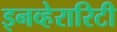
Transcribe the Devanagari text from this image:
इनव्हेरारिटी